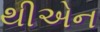
થીએન